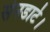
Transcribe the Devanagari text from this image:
सेनडार्ट।